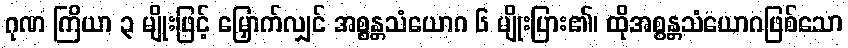
ဂုဏ ကြိယာ ၃ မျိုးဖြင့် မြှောက်လျှင် အစ္စန္တသံယောဂ ၆ မျိုးပြား၏၊ ထိုအစ္စန္တသံယောဂဖြစ်သော